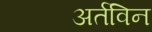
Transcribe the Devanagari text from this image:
अर्तविन